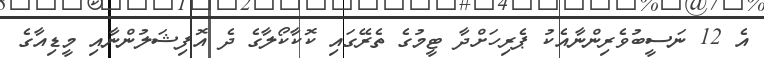
އެ 12 ނަސީބުވެރިންނާއެކު ޕެރިހަށްދާ ޓީމުގެ ތެރޭގައި ކޮކާކޯލާގެ ދެ އޮފިޝަލުންނާއި މީޑިއާގެ